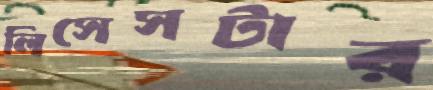
লিসেসটার